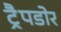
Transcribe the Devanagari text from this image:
ट्रैपडोर